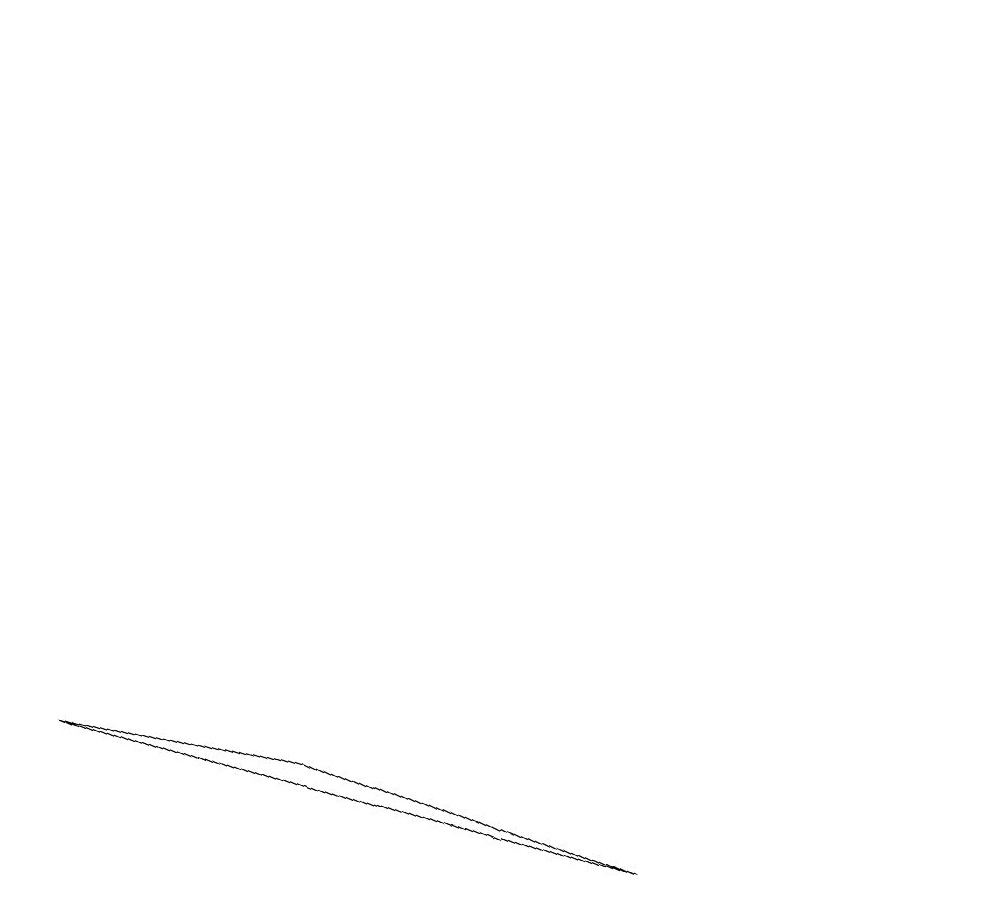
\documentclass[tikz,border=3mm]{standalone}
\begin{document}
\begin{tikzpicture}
\draw (3,3) -- (0,4) -- (7,1) -- cycle;
\draw (12,10) circle (0);
\draw (11,12) circle (0);
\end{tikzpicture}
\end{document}